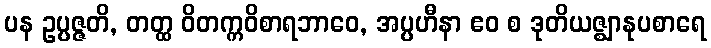
ပန ဥပ္ပဇ္ဇတိ, တတ္ထ ဝိတက္ကဝိစာရဘာဝေ, အပ္ပဟီနာ ဧဝ စ ဒုတိယဇ္ဈာနုပစာရေ